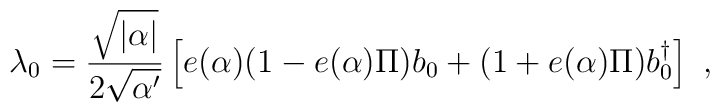
\lambda_{0} = \frac{\sqrt{|\alpha|}}{2 \sqrt{\alpha '}} \left[ e(\alpha) (1 - e(\alpha) \Pi ) b_0 + (1 + e(\alpha) \Pi) b_{0}^{\dagger} \right]~,